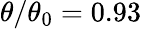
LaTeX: \theta/\theta_{0}=0.93